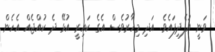
ވަނީ އުފެދިފައެވެ. އަދި މިހާރުވެސް އެގެ ކައިރީ އުޅޭ ދެ ކުއްޖެއް އެހެން